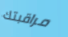
مراقبتك